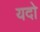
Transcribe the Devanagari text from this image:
यदो